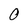
Character: 0